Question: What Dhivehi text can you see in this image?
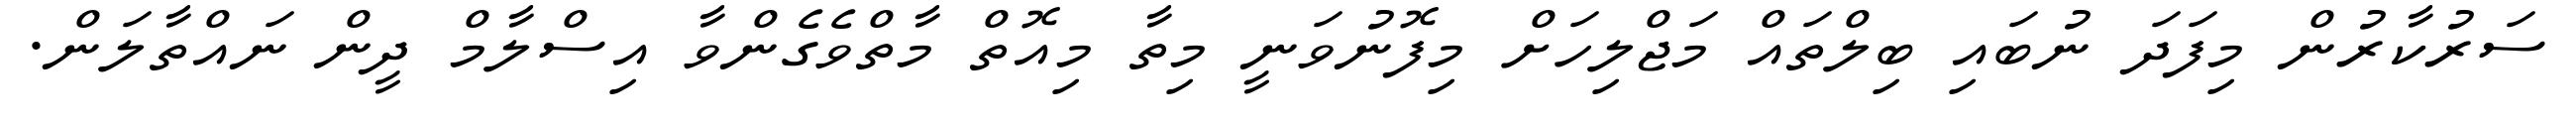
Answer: ސަރުކާރުން މިފަދަ ނުބައި ބިލްތައް މަޖްލިހަށް މިފޮނުވަނީ މިތާ މިއޮތް މާތްވެގެންވާ އިސްލާމް ދީން ނައްތާލަން.